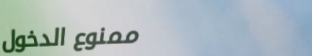
ممنوع الدخول